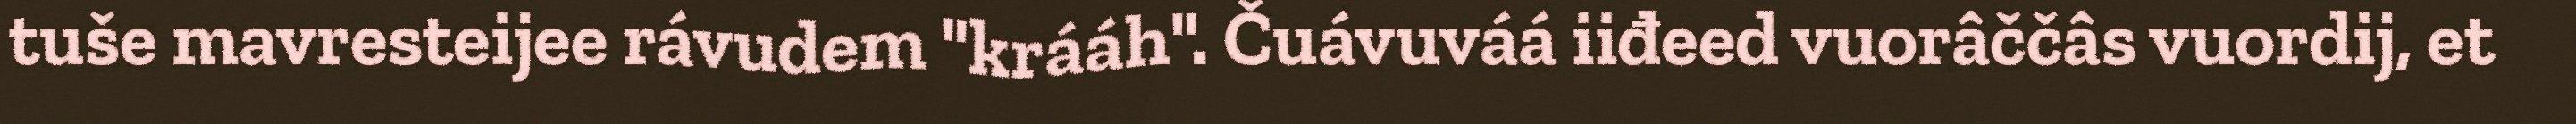
tuše mavresteijee rávudem "krááh". Čuávuváá iiđeed vuorâččâs vuordij, et